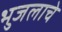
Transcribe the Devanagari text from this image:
भुजलाचे